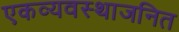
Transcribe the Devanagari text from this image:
एकव्यवस्थाजनित